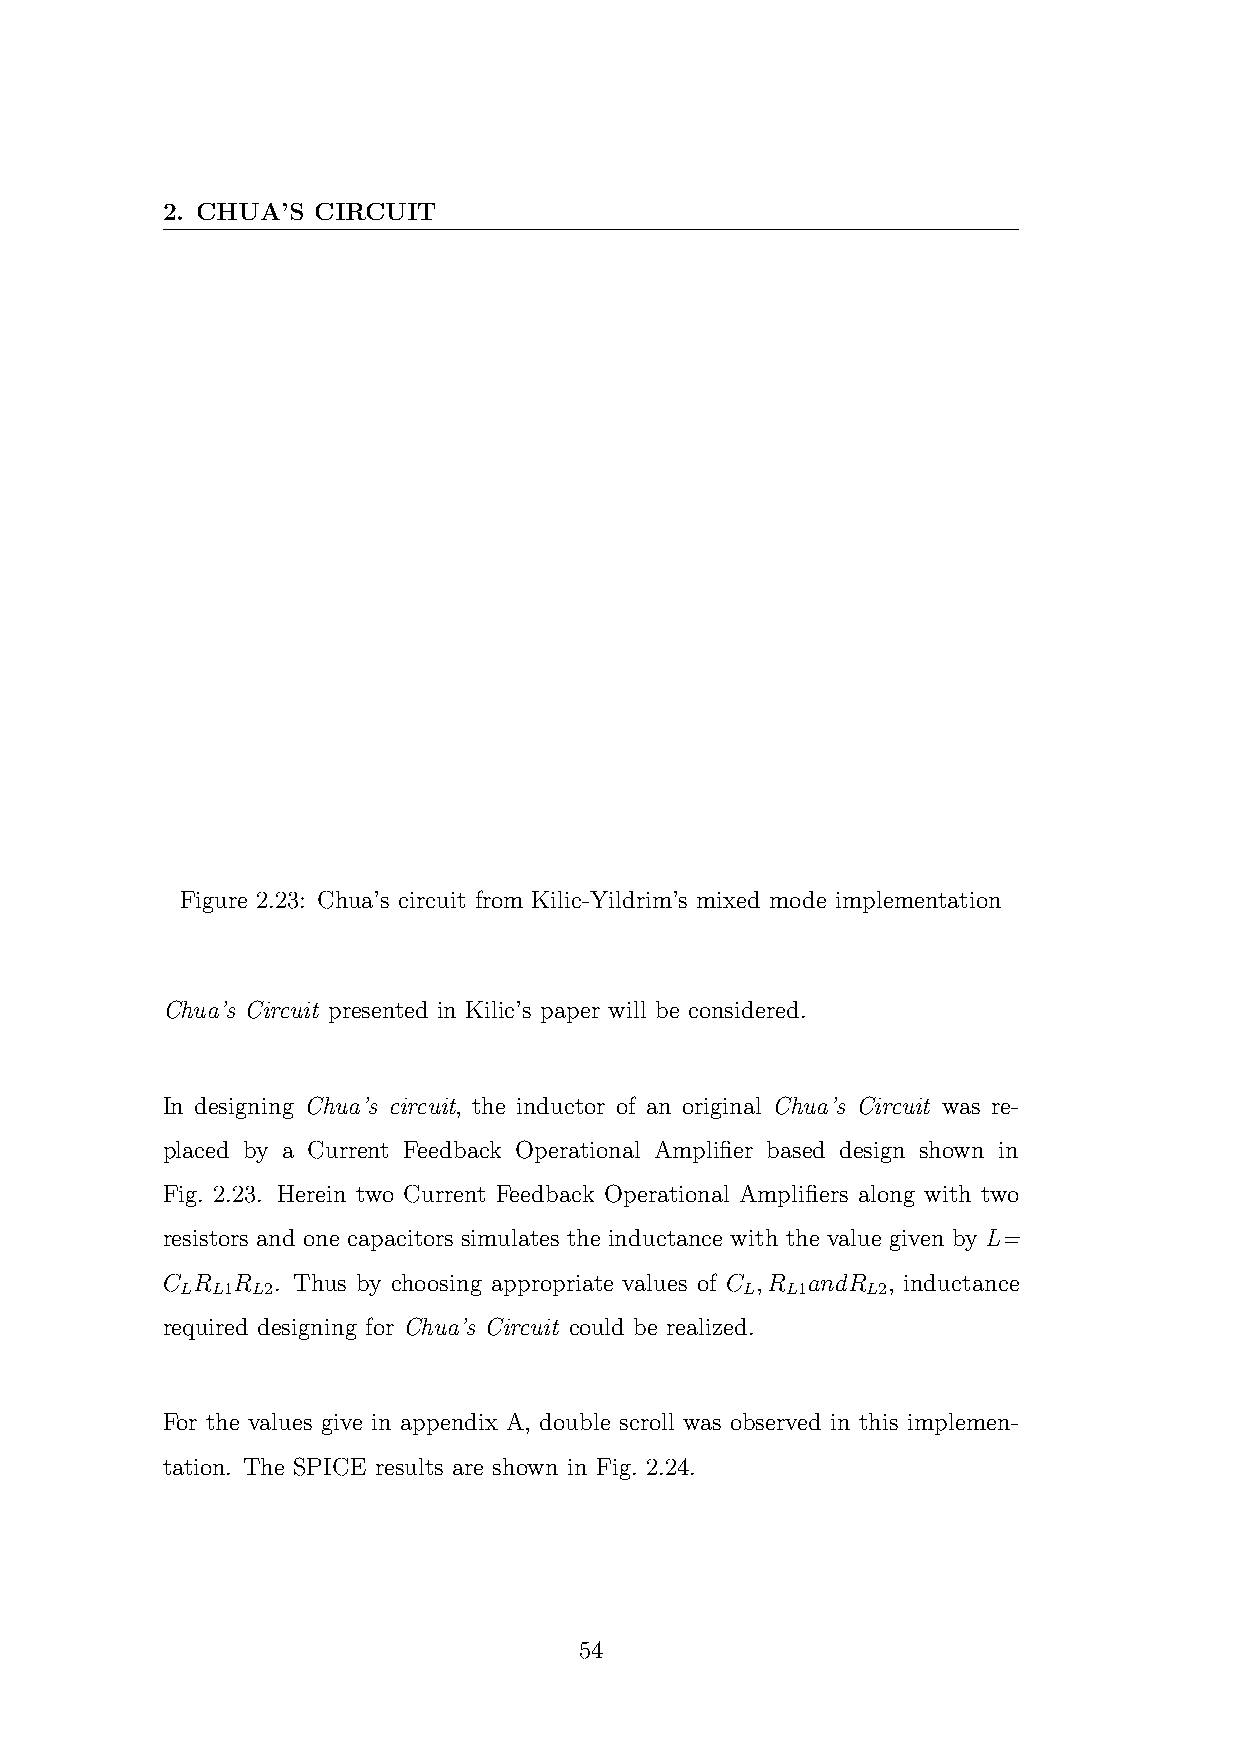
2. CHUA’S CIRCUIT
 Figure 2.23: Chua’s circuit from Kilic-Yildrim’s mixed mode implementation
 Chua’s Circuit presented in Kilic’s paper will be considered.
 In designing Chua’s circuit, the inductor of an original Chua’s Circuit was re-
 placed by a Current Feedback Operational Amplifier based design shown in
 Fig. 2.23. Herein two Current Feedback Operational Amplifiers along with two
 resistors and one capacitors simulates the inductance with the value given by L=
 C R R  . Thus by choosing appropriate values of C ,R andR , inductance
 L L1 L2                              L  L1   L2
 required designing for Chua’s Circuit could be realized.
 For the values give in appendix A, double scroll was observed in this implemen-
 tation. The SPICE results are shown in Fig. 2.24.
 54